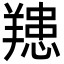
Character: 䍺